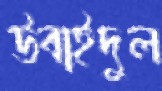
উবাইদুল